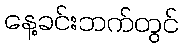
နေ့ခင်းဘက်တွင်